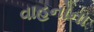
વાહનોના